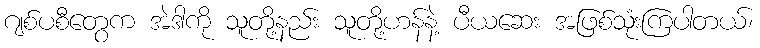
ဂျစ်ပစီတွေက အဲဒါကို သူတို့နည်း သူတို့ဟန်နဲ့ ပီယဆေး အဖြစ်သုံးကြပါတယ်၊